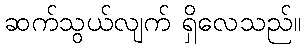
ဆက်သွယ်လျက် ရှိလေသည်။